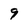
Character: 9